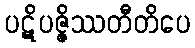
ပဋိပဇ္ဇိဿတီတိပေ